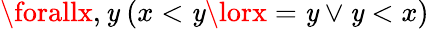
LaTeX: \forallx,\mathit{y}\ (x<\mathit{y}\lorx=\mathit{y}\lor\mathit{y}<x)